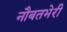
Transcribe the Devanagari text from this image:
नौबतभेरी